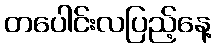
တပေါင်းလပြည့်နေ့